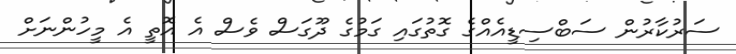
ސަރުކާރުން ސަބްސިޑީއެއްގެ ގޮތުގައި ގަމުގެ ދޫގަސް ވެސް އެ އޮތީ އެ މީހުންނަށް